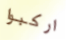
اركبوا